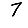
Digit: 7